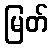
မြတ်